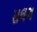
સલગ